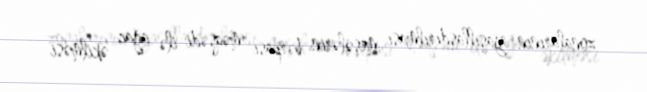
zonalarının yaşıllaşdırılması, meşələrin bərpası məqsədi ilə ağac əkilməsi